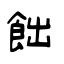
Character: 飿